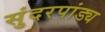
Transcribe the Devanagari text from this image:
सुंदरपांड्य